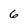
Character: 6